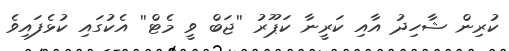
ކުރިން ޝާހިދު އާއި ކަރީނާ ކަޕޫރު ''ޖަބް ވީ މެޓް'' އެކުގައި ކުޅެފައިވެ